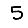
Digit: 5